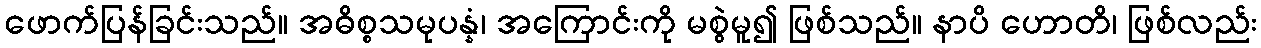
ဖောက်ပြန်ခြင်းသည်။ အဓိစ္စသမုပန္နံ၊ အကြောင်းကို မစွဲမူ၍ ဖြစ်သည်။ နာပိ ဟောတိ၊ ဖြစ်လည်း